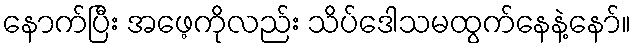
နောက်ပြီး အဖေ့ကိုလည်း သိပ်ဒေါသမထွက်နေနဲ့နော်။